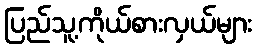
ပြည်သူ့ကိုယ်စားလှယ်များ